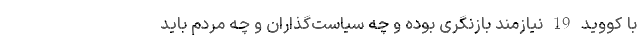
با کووید 19 نیازمند بازنگری بوده و چه سیاست‌گذاران و چه مردم باید